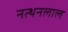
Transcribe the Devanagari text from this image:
नत्थनलाल